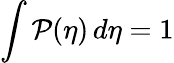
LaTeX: \int{\cal{P}}(\eta)\, d\eta=1